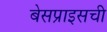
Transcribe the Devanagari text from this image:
बेसप्राइसची